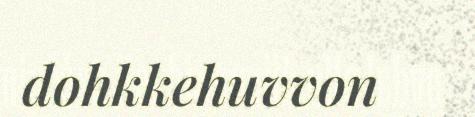
dohkkehuvvon